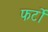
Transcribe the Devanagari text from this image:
फर्टो